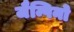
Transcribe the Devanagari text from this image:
जैम्पिनो